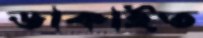
ডাকাইত